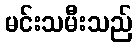
မင်းသမီးသည်